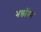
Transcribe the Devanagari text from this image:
भक्तोंका